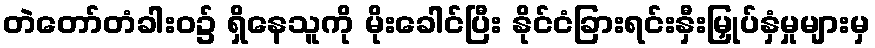
တဲတော်တံခါးဝ၌ ရှိနေသူကို မိုးခေါင်ပြီး နိုင်ငံခြားရင်းနှီးမြှုပ်နှံမှုများမှ